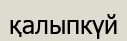
қалыпкүй